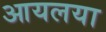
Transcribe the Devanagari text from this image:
आयलया